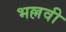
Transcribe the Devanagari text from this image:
भल्लवी